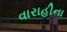
વારાહીના